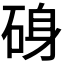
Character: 𮀝